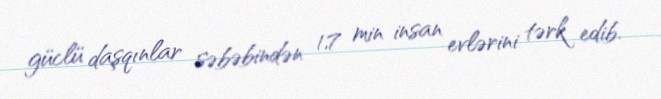
güclü daşqınlar səbəbindən 1,7 min insan evlərini tərk edib.